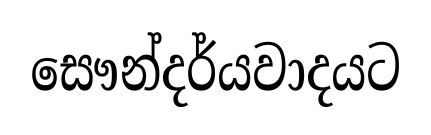
සෞන්දර්යවාදයට